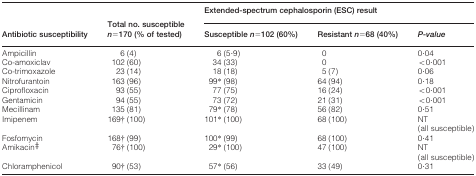
|  |  | Extended-spectrum cephalosporin (ESC) result |  |  |
 | Antibiotic susceptibility | Total no. susceptible n = 170 (% of tested) | Susceptible n = 102 (60%) | Resistant n = 68 (40%) | P-value |
 | --- | --- | --- | --- | --- |
 | Ampicillin | 6 (4) | 6 (5·9) | 0 | 0·04 |
 | Co-amoxiclav | 102 (60) | 34 (33) | 0 | < 0·001 |
 | Co-trimoxazole | 23 (14) | 18 (18) | 5 (7) | 0·06 |
 | Nitrofurantoin | 163 (96) | 99* (98) | 64 (94) | 0·18 |
 | Ciprofloxacin | 93 (55) | 77 (75) | 16 (24) | < 0·001 |
 | Gentamicin | 94 (55) | 73 (72) | 21 (31) | < 0·001 |
 | Mecillinam | 135 (81) | 79* (78) | 56 (82) | 0·51 |
 | Imipenem | 169† (100) | 101* (100) | 68 (100) | NT (all susceptible) |
 | Fosfomycin | 168† (99) | 100* (99) | 68 (100) | 0·41 |
 | Amikacin‡ | 76† (100) | 29* (100) | 47 (100) | NT (all susceptible) |
 | Chloramphenicol | 90†(53) | 57*(56) | 33 (49) | 0·31 |